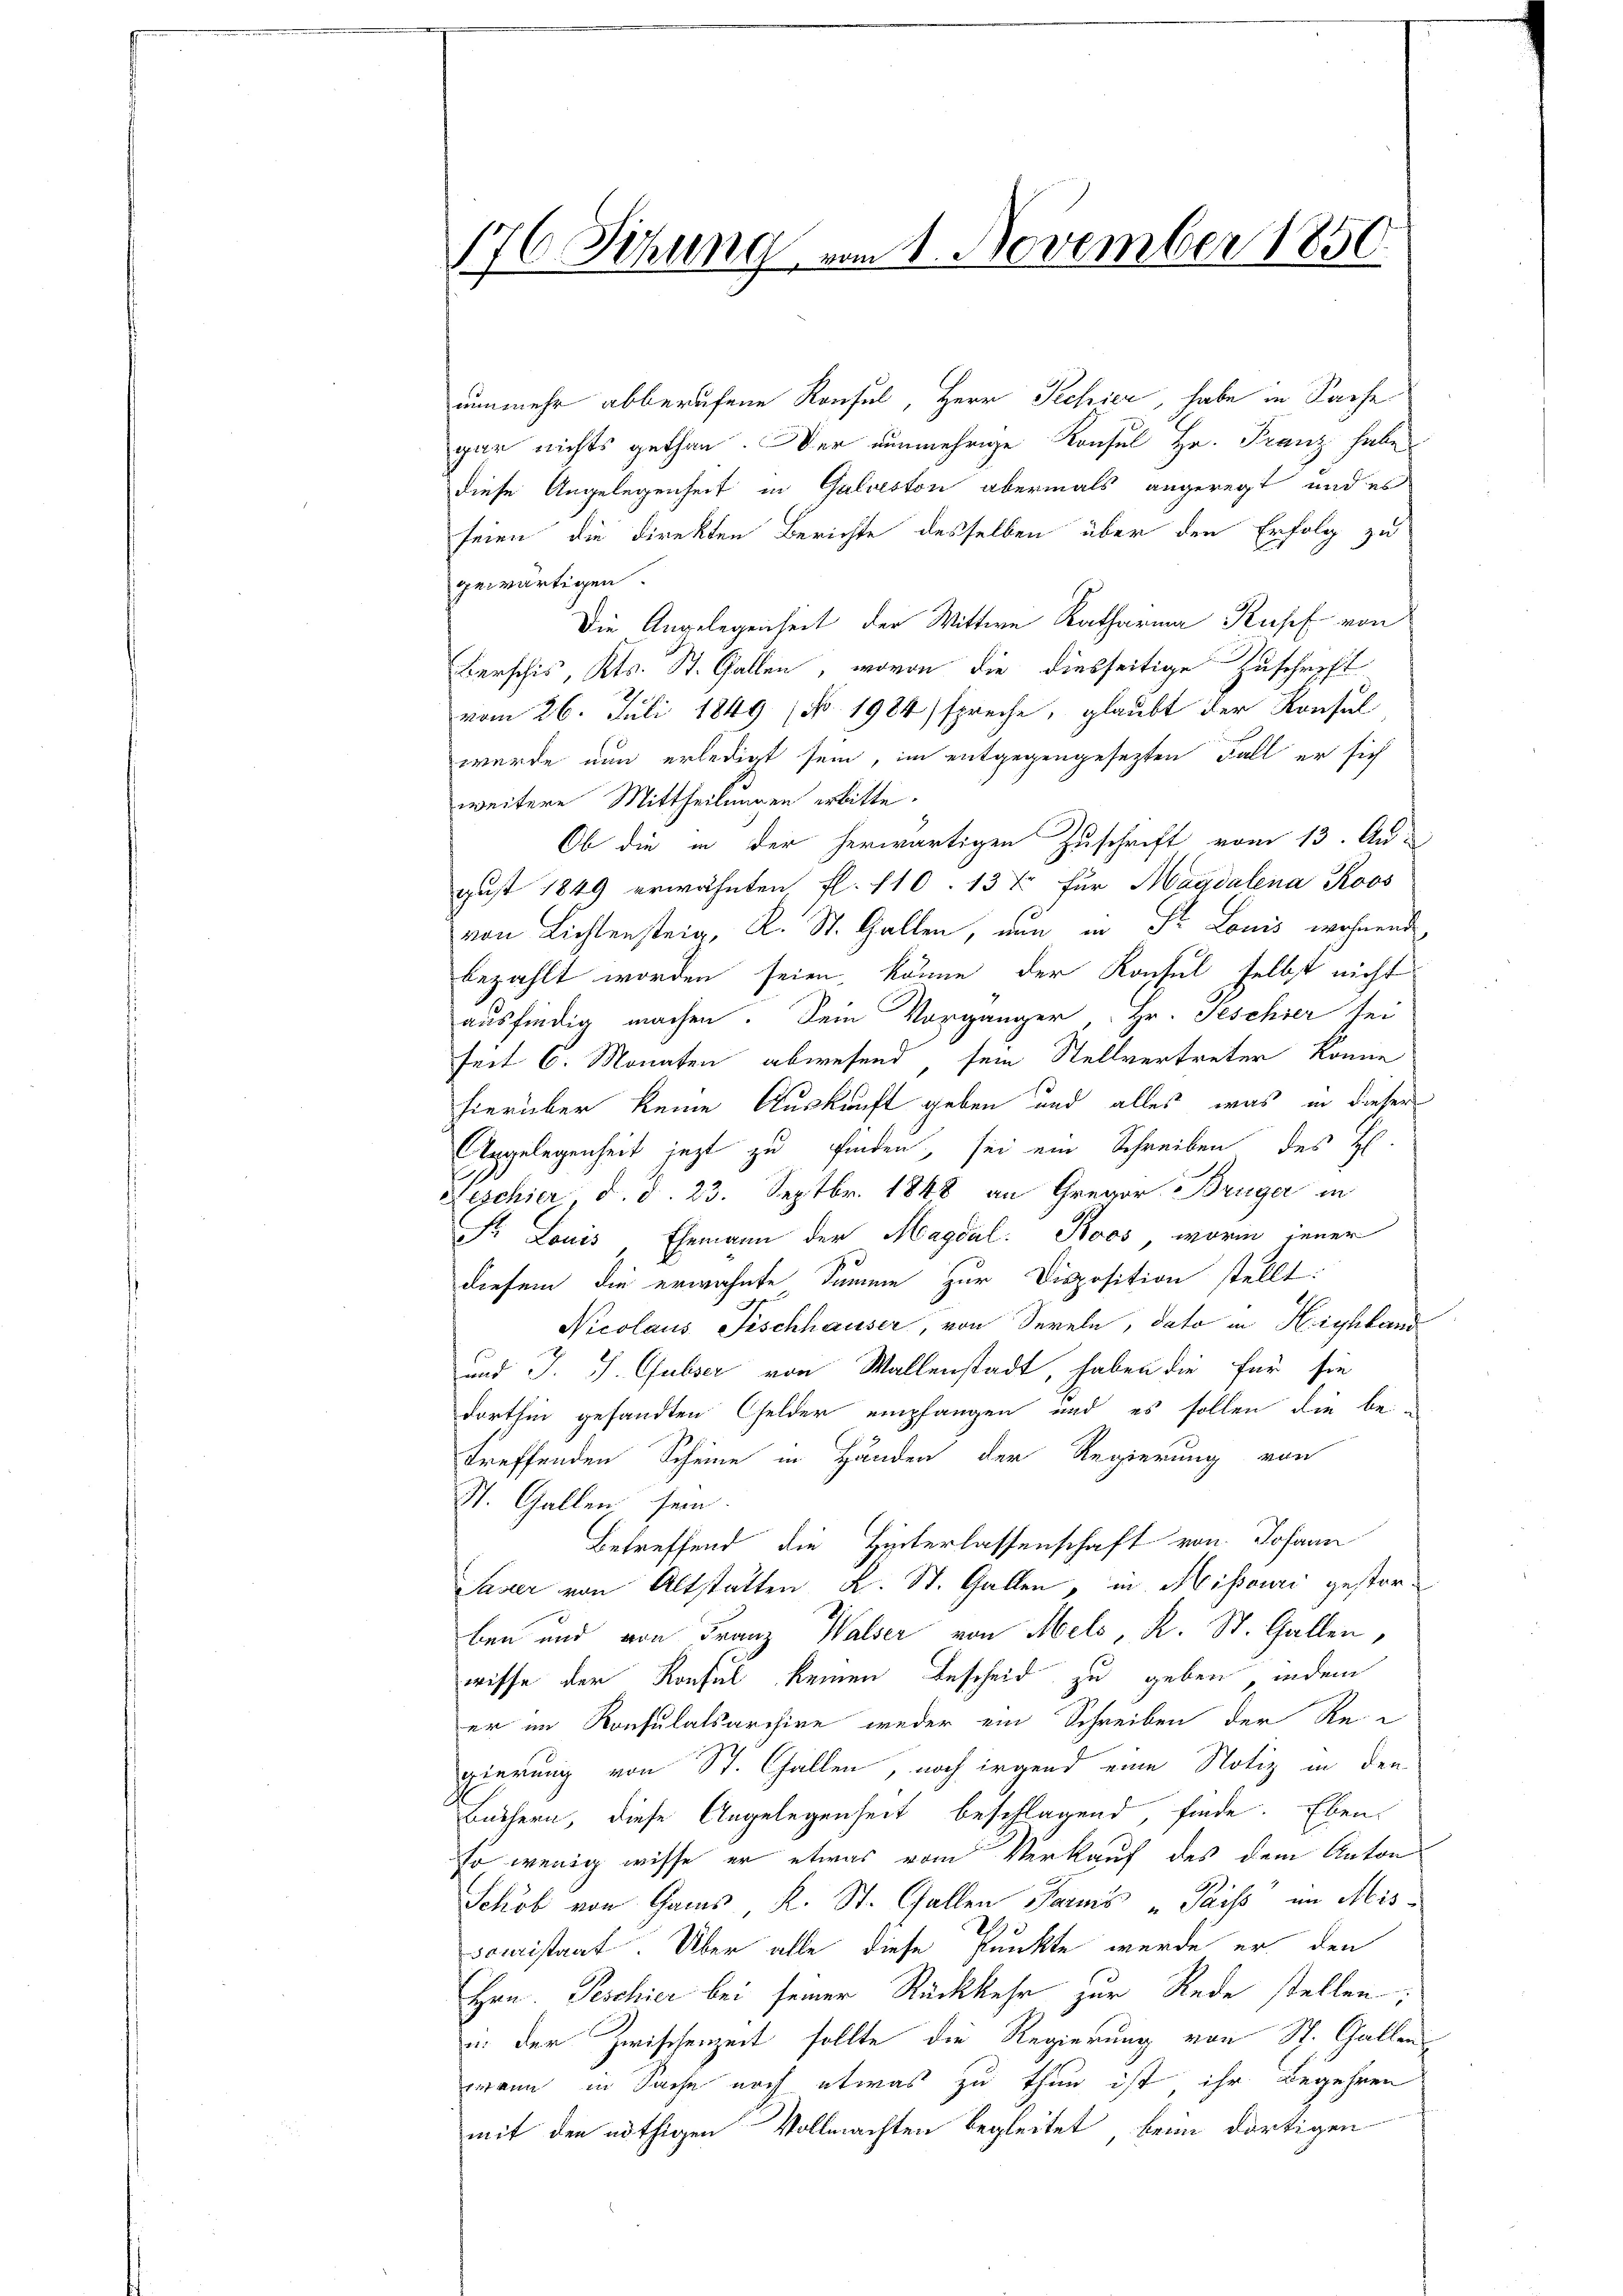
176. Sitzung vom 1. November 1850.

nunmehr abberufene Konsul, Herr Schier, habe in Sache
gar nichts gethan. Der nunmehrige Konsul Hr. Franz habe
diese Angelegenheit in Galveston abermals angeregt, und es
seien die direkten Berichte desselben über den Erfolg zu
gewärtigen.
Die Angelegenheit der Wittwe Katharina Kupf von
Berschis, Kts. St. Gallen, wovon die diesseitige Zuschrift
vom 26. Juli 1849 (N. 1984) spreche, glaubt der Konsul
wurde nun erledigt sein, im entgegengesezten Fall er sich
weitere Mittheilungen erbitte.
Ob die in der herwärtigen Zuschrift vom 13. Au-
gust 1849 erwähnten fl. 110. 137 für Magdalena Roos
von Lichtenstein, K. St. Gallen, nun in Fr. Louis wohnend
bezahlt worden seien, könne der Konsul selbst nicht
ausfindig machen. Dein Vorgänger Hr. Geschier sei
seit 6. Monaten abwesend sein Stellvertreter könne
hierüber keine Auskunft geben und alles, was in dieser
Angelegenheit jezt zu finden, sei ein Schreiben des H
Seschier d. d. 23. Septbr. 1848 an Gregor Brüger in
Fr Louis Ehemann der Magdal: Koos, worin jener
diesem die erwähnte Summe zur Disposition stellt:
Nicolaus Fischhauser, von Seele, dato in Highland
und J. J. Gubser von Wallenstadt, haben die für sie
dorthin gesandten Gelder empfangen und es sollen die be-
treffenden Scheine in Händen der Regierung von
St. Gallen, sein.
Betreffend die Hinterlassenschaft von Johann
Saser von Altstatten K. St. Gallen, in Missouri gestorben und von Franz Walser von Mels, R. St. Gallen,
wisse der Konfel keinen Bescheid zu geben, indem
er im Konsulatsarchive weder ein Schreiben der Re-
gierung von St. Gallen, noch irgend eine Notiz in den
Büchern, diese Angelegenheit beschlagend, finde. Eben
so wenig wisse er etwas vom Verkauf des dem Anton
Schöb von Gams R. St. Gallen Paris Pais im Missouristaat. Über alle diese Punkte wurde er den
Hrn. Peschier bei seiner Rückkehr zur Rede stellen;
u. der Zwischenzeit sollte die Regierung von St. Gallen
wann in Sache noch etwas zu thun ist ihr Begehren
mit den nöthigen Vollmachten begleitet, beim dortigen